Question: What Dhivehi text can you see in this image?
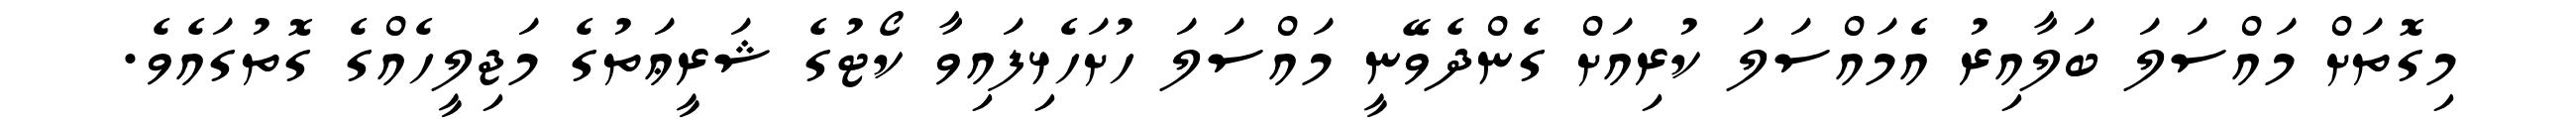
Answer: މިގޮތަށް މައްސަލަ ބަލާއިރު އެމައްސަލަ ކުރިއަށް ގެންދެވޭނީ މައްސަލަ ހުށަހެޅިފައިވާ ކޯޓުގެ ޝަރީޢަތުގެ މަޖިލީހެއްގެ ގޮތުގައެވެ.